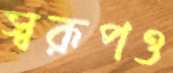
স্বরূপও